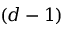
( d - 1 )